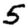
Digit: 5